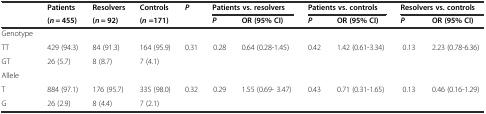
<table><thead><tr><td></td><td><b>Patients</b></td><td><b>Resolvers</b></td><td><b>Controls</b></td><td><b><i>P</i></b></td><td colspan="2"><b>Patients vs. resolvers</b></td><td colspan="2"><b>Patients vs. controls</b></td><td colspan="2"><b>Resolvers vs. controls</b></td></tr><tr><td></td><td><b>(<i>n</i> = 455)</b></td><td><b>(<i>n</i> = 92)</b></td><td><b>(<i>n</i>=171)</b></td><td></td><td><b><i>P</i></b></td><td><b>OR (95% CI)</b></td><td><b><i>P</i></b></td><td><b>OR (95% CI)</b></td><td><b><i>P</i></b></td><td><b>OR (95% CI)</b></td></tr></thead><tbody><tr><td>Genotype</td><td></td><td></td><td></td><td></td><td></td><td></td><td></td><td></td><td></td><td></td></tr><tr><td>TT</td><td>429 (94.3)</td><td>84 (91.3)</td><td>164 (95.9)</td><td rowspan="2">0.31</td><td rowspan="2">0.28</td><td rowspan="2">0.64 (0.28-1.45)</td><td rowspan="2">0.42</td><td rowspan="2">1.42 (0.61-3.34)</td><td rowspan="2">0.13</td><td rowspan="2">2.23 (0.78-6.36)</td></tr><tr><td>GT</td><td>26 (5.7)</td><td>8 (8.7)</td><td>7 (4.1)</td></tr><tr><td>Allele</td><td></td><td></td><td></td><td></td><td></td><td></td><td></td><td></td><td></td><td></td></tr><tr><td>T</td><td>884 (97.1)</td><td>176 (95.7)</td><td>335 (98.0)</td><td rowspan="2">0.32</td><td rowspan="2">0.29</td><td rowspan="2">1.55 (0.69- 3.47)</td><td rowspan="2">0.43</td><td rowspan="2">0.71 (0.31-1.65)</td><td rowspan="2">0.13</td><td rowspan="2">0.46 (0.16-1.29)</td></tr><tr><td>G</td><td>26 (2.9)</td><td>8 (4.4)</td><td>7 (2.1)</td></tr></tbody></table>